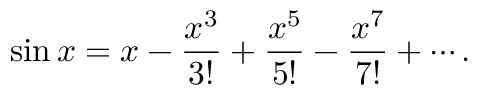
\sin x = x - { \frac { x ^ { 3 } } { 3 ! } } + { \frac { x ^ { 5 } } { 5 ! } } - { \frac { x ^ { 7 } } { 7 ! } } + \cdots .